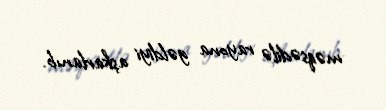
məqsədilə rayona gəldiyi aşkarlanıb.